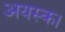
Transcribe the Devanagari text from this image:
अयस्क।